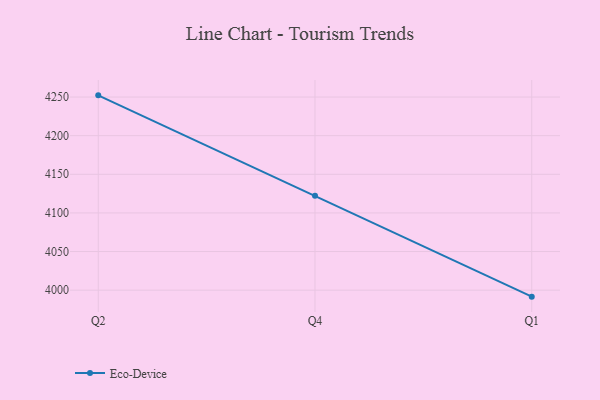
{"axis": {"x": "Quarter", "y": "Headcount"}, "legend": ["Eco-Device"], "data": [{"x": "Q2", "y": 4252.2, "type": "Eco-Device"}, {"x": "Q4", "y": 4122.1, "type": "Eco-Device"}, {"x": "Q1", "y": 3991.6, "type": "Eco-Device"}]}